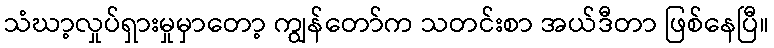
သံဃာ့လှုပ်ရှားမှုမှာတော့ ကျွန်တော်က သတင်းစာ အယ်ဒီတာ ဖြစ်နေပြီ။